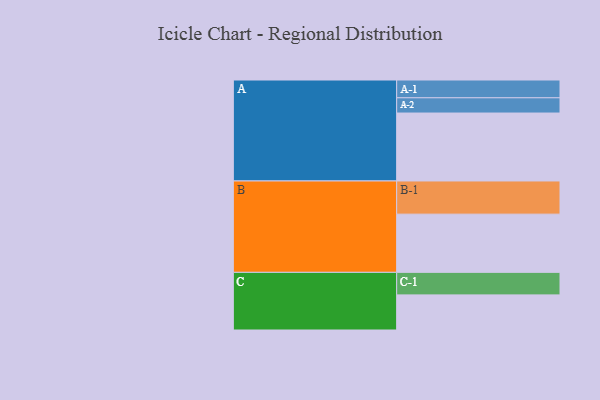
{"axis": {"x": "Segment", "y": "Value"}, "legend": ["", "A", "B", "C"], "data": [{"x": "A", "y": 588, "type": ""}, {"x": "B", "y": 504, "type": ""}, {"x": "C", "y": 304, "type": ""}, {"x": "A-1", "y": 154, "type": "A"}, {"x": "A-2", "y": 132, "type": "A"}, {"x": "B-1", "y": 287, "type": "B"}, {"x": "C-1", "y": 195, "type": "C"}]}